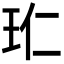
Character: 𭸹